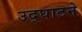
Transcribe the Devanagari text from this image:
उद्‌घाटने